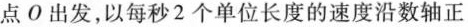
点O出发，以每秒2个单位长度的速度沿数轴正